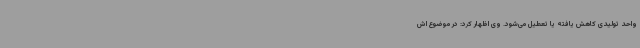
واحد تولیدی کاهش یافته یا تعطیل می‌شود. وی اظهار کرد: در موضوع اش